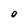
Character: O